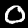
Label: 0